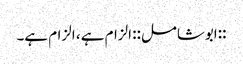
::ابوشامل:: الزام ہے ، الزام ہے۔